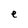
Character: e